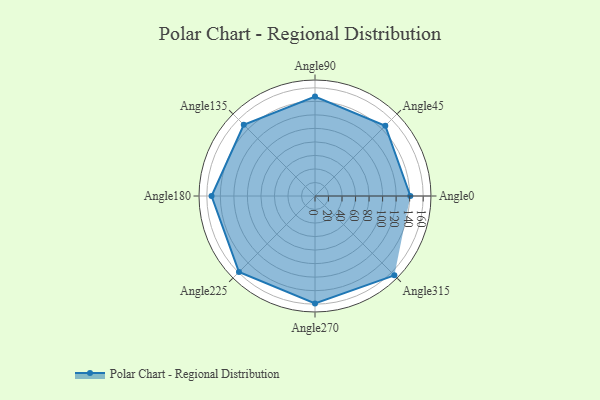
{"axis": {"x": "Angle", "y": "Radius"}, "legend": [""], "data": [{"x": "Angle0", "y": 141.0, "type": ""}, {"x": "Angle45", "y": 147.0, "type": ""}, {"x": "Angle90", "y": 147.0, "type": ""}, {"x": "Angle135", "y": 149.0, "type": ""}, {"x": "Angle180", "y": 153.0, "type": ""}, {"x": "Angle225", "y": 159.0, "type": ""}, {"x": "Angle270", "y": 159.0, "type": ""}, {"x": "Angle315", "y": 166.0, "type": ""}]}